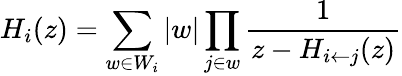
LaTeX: H_{i}(z)=\sum_{w\in W_{i}}\vert w\vert\prod_{j\in w}{\frac{1}{z-H_{i\leftarrow j}(z)}}